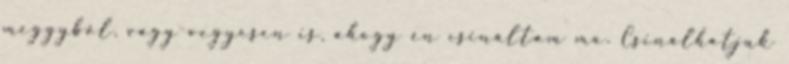
meggyből, vagy vegyesen is, ahogy én csináltam ma. Csinálhatjuk